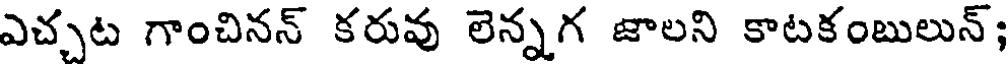
ఎచ్చట గాంచినన్ కరువు లెన్నగ జాలని కాటకంబులున్;